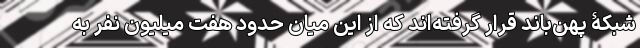
شبکۀ پهن‌باند قرار گرفته‌اند که از این میان حدود هفت میلیون نفر به